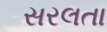
સરલતા